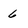
Character: 6